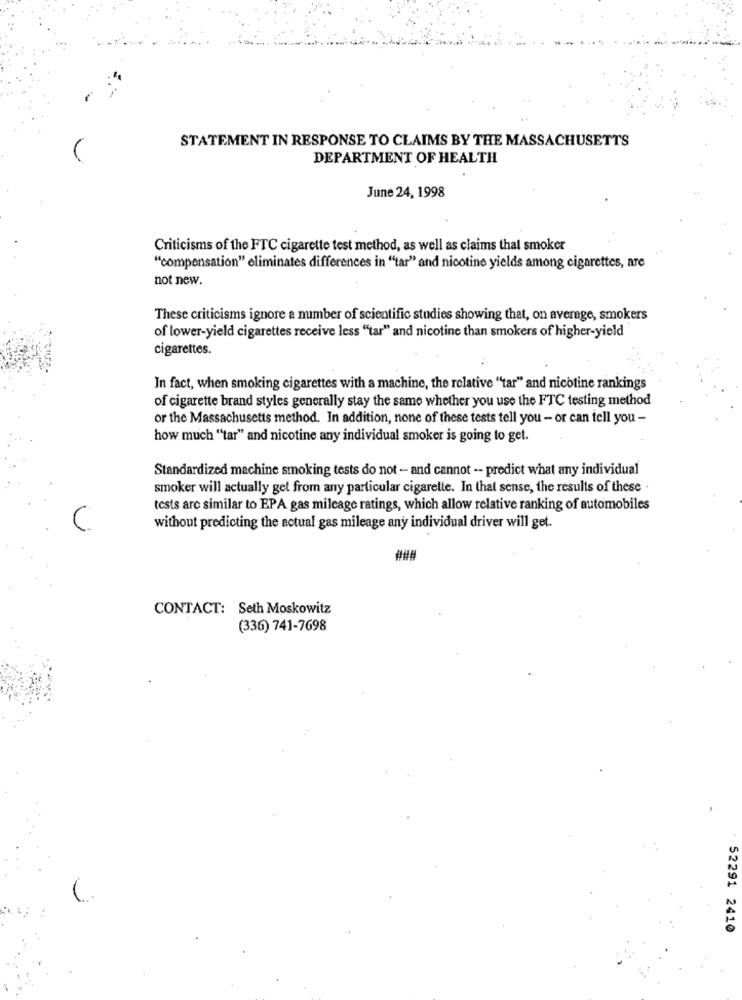
STATEMENT IN RESPONSE TO CLAIMS BY THE MASSACHUSETTS
DEPARTMENT OF HEALTH
June 24, 1998
Criticisms of the FTC cigarette test method, as well as claims that smoker
"compensation" eliminates differences in ""tar" and nicotine yields among cigarettes, are
not new.
These criticisms ignore a number of scientific studies showing that, on average, smokers
of lower-yield cigarettes receive less "tar" and nicotine than smokers of higher-yield
cigarettes.
In fact, when smoking cigarettes with a machine, the relative "tar" and nicotine rankings
of cigarette brand styles generally stay the same whether you use the FTC testing method
or the Massachusetts method. In addition, none of these tests tell you - or can tell you -
how much "tar" and nicotine any individual smoker is going to get.
Standardized machine smoking tests do not - and cannot -- predict what any individual
smoker will actually get from any particular cigarette. In that sense, the results of these .
tests are similar to EPA gas mileage ratings, which allow relative ranking of automobiles
without predicting the actual gas mileage any individual driver will get.
CONTACT: Seth Moskowitz
(336) 741-7698
52291 2410